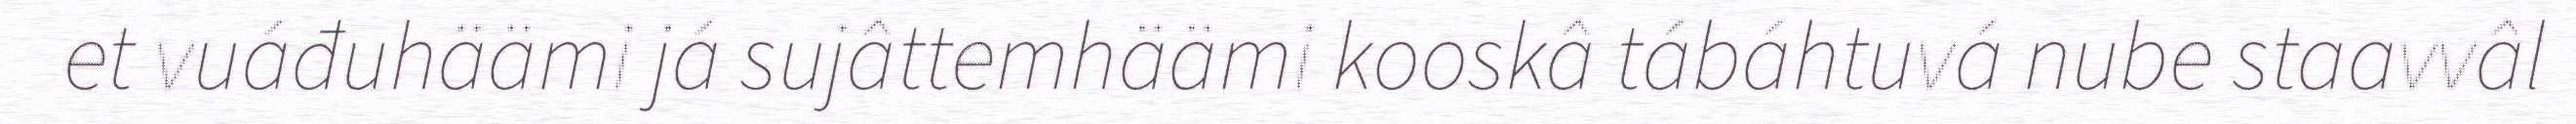
et vuáđuhäämi já sujâttemhäämi kooskâ tábáhtuvá nube staavvâl